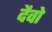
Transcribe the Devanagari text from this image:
दैवो